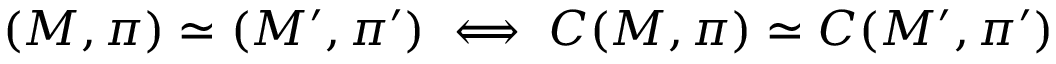
( M , \pi ) \simeq ( M ^ { \prime } , \pi ^ { \prime } ) \iff C ( M , \pi ) \simeq C ( M ^ { \prime } , \pi ^ { \prime } )